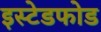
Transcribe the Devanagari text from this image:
इस्टेडफोड